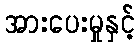
အားပေးမှုနှင့်